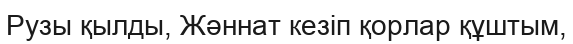
Рузы қылды, Жәннат кезіп қорлар құштым,